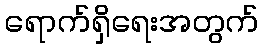
ရောက်ရှိရေးအတွက်